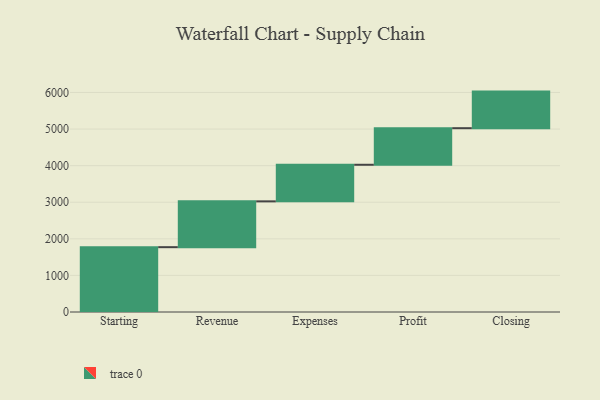
{"axis": {"x": "Step", "y": "Value"}, "legend": [""], "data": [{"x": "Starting", "y": 1772.0, "type": ""}, {"x": "Revenue", "y": 1252.0, "type": ""}, {"x": "Expenses", "y": 1000, "type": ""}, {"x": "Profit", "y": 1000, "type": ""}, {"x": "Closing", "y": 1000, "type": ""}]}